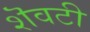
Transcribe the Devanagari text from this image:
शॆवटी